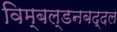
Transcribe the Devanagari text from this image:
विम्बल्डनबद्दल